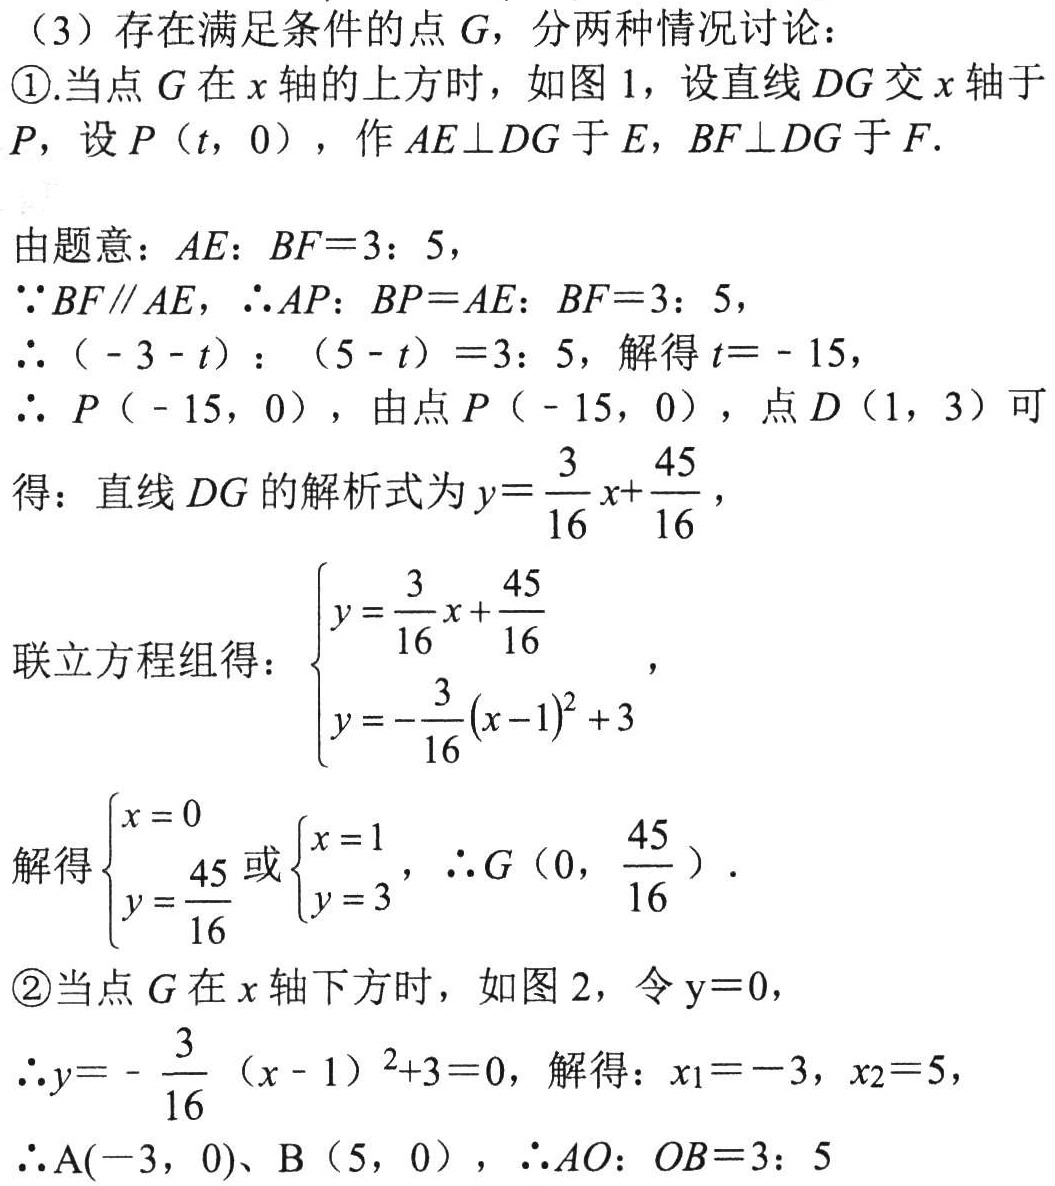
（3）存在满足条件的点\(G\)，分两种情况讨论：
\textcircled{1}.当点\(G\)在\(x\)轴的上方时，如图 1，设直线\(DG\)交\(x\)轴于
\(P\)，设\(P(t,0)\)，作\(AE\perp DG\)于\(E\)，\(BF\perp DG\)于\(F\).
由题意：\(AE:BF = 3:5\)，
\(\because BF\parallel AE\)，\(\therefore AP:BP=AE:BF = 3:5\)，
\(\therefore (-3 - t):(5 - t)=3:5\)，解得\(t=-15\)，
\(\therefore P(-15,0)\)，由点\(P(-15,0)\)，点\(D(1,3)\)可
得：直线\(DG\)的解析式为\(y = \frac{3}{16}x+\frac{45}{16}\)，
联立方程组得：\(\begin{cases}y = \frac{3}{16}x+\frac{45}{16}\\y =-\frac{3}{16}(x - 1)^2+3\end{cases}\)，
解得\(\begin{cases}x = 0\\y = \frac{45}{16}\end{cases}\)或\(\begin{cases}x = 1\\y = 3\end{cases}\)，\(\therefore G(0,\frac{45}{16})\).
\textcircled{2}当点\(G\)在\(x\)轴下方时，如图 2，令\(y = 0\)，
\(\therefore y=-\frac{3}{16}(x - 1)^2+3 = 0\)，解得：\(x_1=-3\)，\(x_2 = 5\)，
\(\therefore A(-3,0)\)、\(B(5,0)\)，\(\therefore AO:OB = 3:5\)